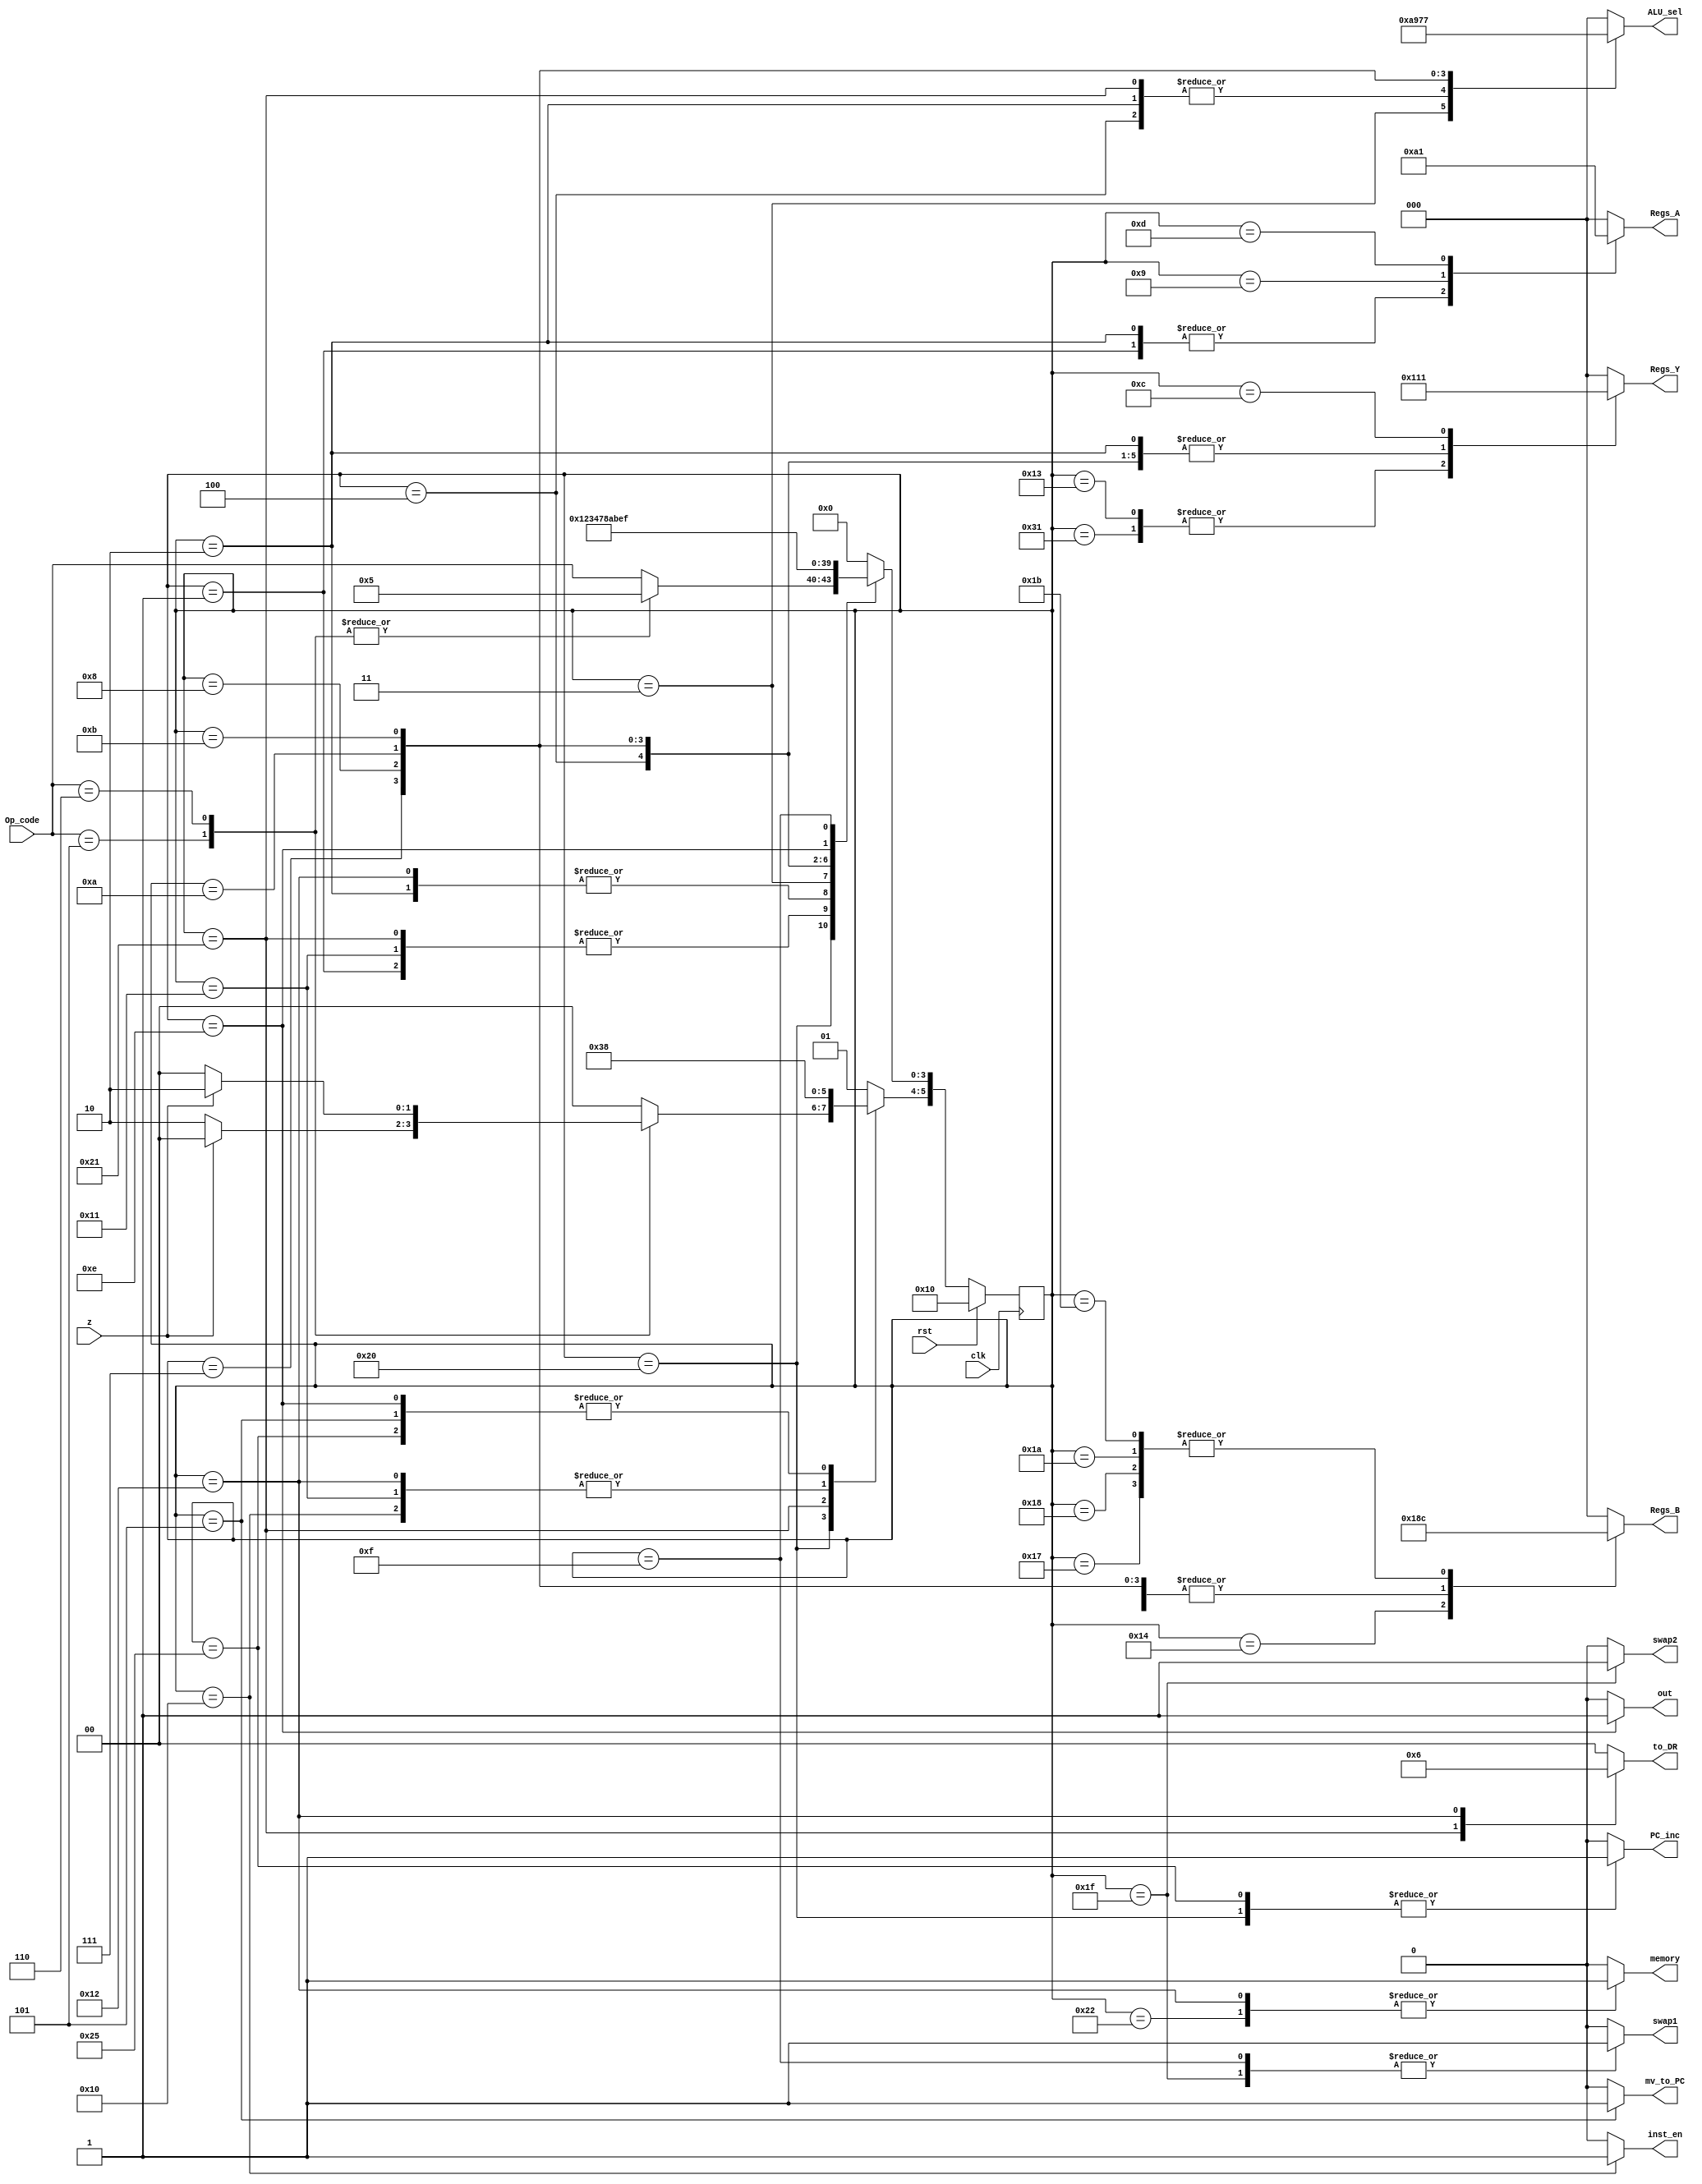
module state_machine(Op_code,rst,z,clk,inst_en,PC_inc,out,swap1,memory,ALU_sel,Regs_Y,Regs_B,Regs_A,to_DR,mv_to_PC,swap2);
	input [3:0] Op_code;
	input rst,z,clk;
	output reg [2:0] ALU_sel; //100=Add, 101=Sub, 110=Mul, 111=Div, 001=B2, 010=B3.
	output reg [2:0] Regs_Y; // write to reg, read from reg, clear
	output reg [2:0] Regs_B; //ReadAC, Write_from_bus, Read_to_bus
	output reg [2:0] Regs_A; //inc, move_to_AR, dec
	output reg [1:0] to_DR; //in, out
	output reg mv_to_PC,inst_en,PC_inc,out=0,swap1,memory,swap2; //memory: 0-R,1-W.
    
	reg [5:0] Current_st=FETCH1;
	reg [5:0] Next_st=FETCH1; //current state and next state

	parameter 
	FETCH1 = 6'h10,
	FETCH2 = 6'h20,
	
	NOP1= 6'h0,
	
	LOAD1= 6'h1,
	LOAD2= 6'h11,
	LOAD3= 6'h21,
	LOAD4= 6'h31,
	
	STR1= 6'h2,
	STR2= 6'h12,
	STR3= 6'h22,
	
	MOVB1= 6'h3,
	MOVB2= 6'h13,
	
	MOVY1= 6'h4,
	MOVY2= 6'h14,
	
	JMPZY1= 6'h5,
	JMPZN1= 6'h25,
	
	JMPNZY1= JMPZN1,
	JMPNZN1= JMPZY1,
	
	ADD1= 6'h7,
	ADD2= 6'h17,
	ADD3= 6'h27,
	
	SUB1= 6'h8,
	SUB2= 6'h18,
	SUB3= 6'h28,
	
	MUL1= 6'hA,
	MUL2= 6'h1A,
	MUL3= 6'h2A,
	
	DIV1= 6'hB,
	DIV2= 6'h1B,
	DIV3= 6'h2B,
	
	INCA1= 6'h9,
	
	CLRY1= 6'hC,
	
	DECA1= 6'hD,

	COMO1= 6'hE,
	
	SWAPA1= 6'hF,
	SWAPA2= 6'h1F;


	always@(posedge clk)
		if (rst)
		Current_st <= FETCH1;
		else
		Current_st <= Next_st;
	
	always @(Op_code or z or Current_st)
		begin
		case(Current_st)
		//////////////////////////////////////////////////////////////////////////////////
			FETCH1: begin
			ALU_sel <= 3'b000; //100=Add, 101=Sub, 110=Mul, 111=Div, 001=B2, 010=B3.
			Regs_Y <= 3'b000; // write to reg, read from reg, clear
			Regs_B <= 3'b000; //ReadAC, Write_from_bus, Read_to_bus
			Regs_A <= 3'b000; //inc, move_to_AR, dec
			to_DR <= 2'b00; //in, out
			mv_to_PC<=0 ;inst_en <=1; PC_inc <=0; out <=0; swap1 <=0; memory <=0; swap2<=0;//memory: 0-R,1-W.
			Next_st<= FETCH2;
			end
			
			FETCH2: begin
			ALU_sel <= 3'b000; //100=Add, 101=Sub, 110=Mul, 111=Div, 001=B2, 010=B3.
			Regs_Y <= 3'b000; // write to reg, read from reg, clear
			Regs_B <= 3'b000; //ReadAC, Write_from_bus, Read_to_bus
			Regs_A <= 3'b000; //inc, move_to_AR, dec
			to_DR <= 2'b00; //in, out
			mv_to_PC <=0; inst_en <=0; PC_inc <=1; out <=0; swap1 <=0; memory <=0; swap2<=0;//memory: 0-R,1-W.
				case (Op_code)
				4'b0101 : //JMPZ
					if(z)
					Next_st <= JMPZY1;
					else
					Next_st <= JMPZN1;
				4'b0110 : //JMPNZ
					if(z)
					Next_st <= JMPZN1;
					else
					Next_st <= JMPZY1;
				default : begin
					Next_st[5:4] <= 2'b00;
					Next_st[3:0] <= Op_code;
					end
				endcase
			end
			
			/////////////////////////////////////////////////////////////////////////////////////
			NOP1: begin
			ALU_sel <= 3'b000; //100=Add, 101=Sub, 110=Mul, 111=Div, 001=B2, 010=B3.
			Regs_Y <= 3'b000; // write to reg, read from reg, clear
			Regs_B <= 3'b000; //ReadAC, Write_from_bus, Read_to_bus
			Regs_A <= 3'b000; //inc, move_to_AR, dec
			to_DR <= 2'b00; //in, out
			mv_to_PC <=0; inst_en <=0; PC_inc <=0; out <=0; swap1 <=0; memory <=0; swap2<=0;//memory: 0-R,1-W.
			Next_st<= FETCH1;
			end
			
			/////////////////////////////////////////////////////////////////////////////////////
			LOAD1: begin
			ALU_sel <= 3'b000; //100=Add, 101=Sub, 110=Mul, 111=Div, 001=B2, 010=B3.
			Regs_Y <= 3'b000; // write to reg, read from reg, clear
			Regs_B <= 3'b000; //ReadAC, Write_from_bus, Read_to_bus
			Regs_A <= 3'b010; //inc, move_to_AR, dec
			to_DR <= 2'b00; //in, out
			mv_to_PC <=0; inst_en <=0; PC_inc <=0; out <=0; swap1 <=0; memory <=0; swap2<=0;//memory: 0-R,1-W.
			Next_st<= LOAD2;
			end
			
			LOAD2: begin
			ALU_sel <= 3'b000; //100=Add, 101=Sub, 110=Mul, 111=Div, 001=B2, 010=B3.
			Regs_Y <= 3'b000; // write to reg, read from reg, clear
			Regs_B <= 3'b000; //ReadAC, Write_from_bus, Read_to_bus
			Regs_A <= 3'b000; //inc, move_to_AR, dec
			to_DR <= 2'b00; //in, out
			mv_to_PC <=0; inst_en <=0; PC_inc <=0; out <=0; swap1 <=0; memory <=0; swap2<=0;//memory: 0-R,1-W.
			Next_st<= LOAD3;
			end
			
			LOAD3: begin
			ALU_sel <= 3'b010; //100=Add, 101=Sub, 110=Mul, 111=Div, 001=B2, 010=B3.
			Regs_Y <= 3'b000; // write to reg, read from reg, clear
			Regs_B <= 3'b000; //ReadAC, Write_from_bus, Read_to_bus
			Regs_A <= 3'b000; //inc, move_to_AR, dec
			to_DR <= 2'b01; //in, out
			mv_to_PC <=0; inst_en <=0; PC_inc <=0; out <=0; swap1 <=0; memory <=0; swap2<=0;//memory: 0-R,1-W.
			Next_st<= LOAD4;
			end
			
			LOAD4: begin
			ALU_sel <= 3'b000; //100=Add, 101=Sub, 110=Mul, 111=Div, 001=B2, 010=B3.
			Regs_Y <= 3'b100; // write to reg, read from reg, clear
			Regs_B <= 3'b000; //ReadAC, Write_from_bus, Read_to_bus
			Regs_A <= 3'b000; //inc, move_to_AR, dec
			to_DR <= 2'b00; //in, out
			mv_to_PC <=0; inst_en <=0; PC_inc <=0; out <=0; swap1 <=0; memory <=0; swap2<=0;// memory: 0-R,1-W.
			Next_st<= FETCH1;
			end
			
			///////////////////////////////////////////////////////////////////
			STR1: begin
			ALU_sel <= 3'b010; //100=Add, 101=Sub, 110=Mul, 111=Div, 001=B2, 010=B3.
			Regs_Y <= 3'b010; // write to reg, read from reg, clear
			Regs_B <= 3'b000; //ReadAC, Write_from_bus, Read_to_bus
			Regs_A <= 3'b010; //inc, move_to_AR, dec
			to_DR <= 2'b00; //in, out
			mv_to_PC <=0; inst_en <=0; PC_inc <=0; out <=0; swap1 <=0; memory <=0; swap2<=0;//  memory: 0-R,1-W.
			Next_st<= STR2;
			end
			
			STR2: begin
			ALU_sel <= 3'b000; //100=Add, 101=Sub, 110=Mul, 111=Div, 001=B2, 010=B3.
			Regs_Y <= 3'b000; // write to reg, read from reg, clear
			Regs_B <= 3'b000; //ReadAC, Write_from_bus, Read_to_bus
			Regs_A <= 3'b000; //inc, move_to_AR, dec
			to_DR <= 2'b10; //in, out
			mv_to_PC <=0; inst_en <=0; PC_inc <=0; out <=0; swap1 <=0; memory <=1; swap2<=0;//  memory: 0-R,1-W.
			Next_st<= STR3;
			end
			
			STR3: begin
			ALU_sel <= 3'b000; //100=Add, 101=Sub, 110=Mul, 111=Div, 001=B2, 010=B3.
			Regs_Y <= 3'b010; // write to reg, read from reg, clear
			Regs_B <= 3'b000; //ReadAC, Write_from_bus, Read_to_bus
			Regs_A <= 3'b000; //inc, move_to_AR, dec
			to_DR <= 2'b00; //in, out
			mv_to_PC <=0; inst_en <=0; PC_inc <=0; out <=0; swap1 <=0; memory <=1; swap2<=0;//  memory: 0-R,1-W.
			Next_st<= FETCH1;
			end
			
			////////////////////////////////////////////////////////////////
			MOVB1: begin
			ALU_sel <= 3'b001; //100=Add, 101=Sub, 110=Mul, 111=Div, 001=B2, 010=B3.
			Regs_Y <= 3'b000; // write to reg, read from reg, clear
			Regs_B <= 3'b001; //ReadAC, Write_from_bus, Read_to_bus
			Regs_A <= 3'b000; //inc, move_to_AR, dec
			to_DR <= 2'b00; //in, out
			mv_to_PC <=0; inst_en <=0; PC_inc <=0; out <=0; swap1 <=0; memory <=0; swap2<=0;//  memory: 0-R,1-W.
			Next_st<= MOVB2;
			end
			
			MOVB2: begin
			ALU_sel <= 3'b000; //100=Add, 101=Sub, 110=Mul, 111=Div, 001=B2, 010=B3.
			Regs_Y <= 3'b100; // write to reg, read from reg, clear
			Regs_B <= 3'b000; //ReadAC, Write_from_bus, Read_to_bus
			Regs_A <= 3'b000; //inc, move_to_AR, dec
			to_DR <= 2'b00; //in, out
			mv_to_PC <=0; inst_en <=0; PC_inc <=0; out <=0; swap1 <=0; memory <=0; swap2<=0;//  memory: 0-R,1-W.
			Next_st<= FETCH1;
			end
			
			//////////////////////////////////////////////////////////////
			MOVY1: begin
			ALU_sel <= 3'b010; //100=Add, 101=Sub, 110=Mul, 111=Div, 001=B2, 010=B3.
			Regs_Y <= 3'b010; // write to reg, read from reg, clear
			Regs_B <= 3'b000; //ReadAC, Write_from_bus, Read_to_bus
			Regs_A <= 3'b000; //inc, move_to_AR, dec
			to_DR <= 2'b00; //in, out
			mv_to_PC <=0; inst_en <=0; PC_inc <=0; out <=0; swap1 <=0; memory <=0; swap2<=0;//  memory: 0-R,1-W.
			Next_st<= MOVY2;
			end
			
			MOVY2: begin
			ALU_sel <= 3'b000; //ALU_en, [1:0] - 0=Add, 1=Sub, 2=Mul, 3=Div.
			Regs_Y <= 3'b000; // write to reg, read from reg, clear
			Regs_B <= 3'b110; //ReadAC, Write_from_bus, Read_to_bus
			Regs_A <= 3'b000; //inc, move_to_AR, dec
			to_DR <= 2'b00; //in, out
			mv_to_PC <=0; inst_en <=0; PC_inc <=0; out <=0; swap1 <=0; memory <=0; swap2<=0;//  memory: 0-R,1-W.
			Next_st<= FETCH1;
			end
			
			////////////////////////////////////////////////////
			JMPZY1: begin
			ALU_sel <= 3'b000; //100=Add, 101=Sub, 110=Mul, 111=Div, 001=B2, 010=B3.
			Regs_Y <= 3'b000; // write to reg, read from reg, clear
			Regs_B <= 3'b000; //ReadAC, Write_from_bus, Read_to_bus
			Regs_A <= 3'b000; //inc, move_to_AR, dec
			to_DR <= 2'b00; //in, out
			mv_to_PC <=1; inst_en <=0; PC_inc <=0; out <=0; swap1 <=0; memory <=0; swap2<=0;//  memory: 0-R,1-W.
			Next_st<= NOP1;
			end
			
			JMPZN1: begin
			ALU_sel <= 3'b000; //100=Add, 101=Sub, 110=Mul, 111=Div, 001=B2, 010=B3.
			Regs_Y <= 3'b000; // write to reg, read from reg, clear
			Regs_B <= 3'b000; //ReadAC, Write_from_bus, Read_to_bus
			Regs_A <= 3'b000; //inc, move_to_AR, dec
			to_DR <= 2'b00; //in, out
			mv_to_PC <=0; inst_en <=0; PC_inc <=1; out <=0; swap1 <=0; memory <=0; swap2<=0;//  memory: 0-R,1-W.
			Next_st<= NOP1;
			end
			
			////////////////////////////////////////////////////////////////////////////
			ADD1: begin
			ALU_sel <= 3'b100; //100=Add, 101=Sub, 110=Mul, 111=Div, 001=B2, 010=B3.
			Regs_Y <= 3'b010; // write to reg, read from reg, clear
			Regs_B <= 3'b001; //ReadAC, Write_from_bus, Read_to_bus
			Regs_A <= 3'b000; //inc, move_to_AR, dec
			to_DR <= 2'b00; //in, out
			mv_to_PC <=0; inst_en <=0; PC_inc <=0; out <=0; swap1 <=0; memory <=0; swap2<=0;//  memory: 0-R,1-W.
			Next_st<= ADD2;
			end
			
			ADD2: begin
			ALU_sel <= 3'b000; //100=Add, 101=Sub, 110=Mul, 111=Div, 001=B2, 010=B3.
			Regs_Y <= 3'b000; // write to reg, read from reg, clear
			Regs_B <= 3'b100; //ReadAC, Write_from_bus, Read_to_bus
			Regs_A <= 3'b000; //inc, move_to_AR, dec
			to_DR <= 2'b00; //in, out
			mv_to_PC <=0; inst_en <=0; PC_inc <=0; out <=0; swap1 <=0; memory <=0; swap2<=0;//  memory: 0-R,1-W.
			Next_st<= FETCH1;
			end
			
			///////////////////////////////////////////////////////////////////////////////////
			SUB1: begin
			ALU_sel <= 3'b101; //100=Add, 101=Sub, 110=Mul, 111=Div, 001=B2, 010=B3.
			Regs_Y <= 3'b010; // write to reg, read from reg, clear
			Regs_B <= 3'b001; //ReadAC, Write_from_bus, Read_to_bus
			Regs_A <= 3'b000; //inc, move_to_AR, dec
			to_DR <= 2'b00; //in, out
			mv_to_PC <=0; inst_en <=0; PC_inc <=0; out <=0; swap1 <=0; memory <=0; swap2<=0;//  memory: 0-R,1-W.
			Next_st<= SUB2;
			end
			
			SUB2: begin
			ALU_sel <= 3'b000; //100=Add, 101=Sub, 110=Mul, 111=Div, 001=B2, 010=B3.
			Regs_Y <= 3'b000; // write to reg, read from reg, clear
			Regs_B <= 3'b100; //ReadAC, Write_from_bus, Read_to_bus
			Regs_A <= 3'b000; //inc, move_to_AR, dec
			to_DR <= 2'b00; //in, out
			mv_to_PC <=0; inst_en <=0; PC_inc <=0; out <=0; swap1 <=0; memory <=0; swap2<=0;//  memory: 0-R,1-W.
			Next_st<= FETCH1;
			end
			
			////////////////////////////////////////////////////////////////////////////////////
			MUL1: begin
			ALU_sel <= 3'b110; //100=Add, 101=Sub, 110=Mul, 111=Div, 001=B2, 010=B3.
			Regs_Y <= 3'b010; // write to reg, read from reg, clear
			Regs_B <= 3'b001; //ReadAC, Write_from_bus, Read_to_bus
			Regs_A <= 3'b000; //inc, move_to_AR, dec
			to_DR <= 2'b00; //in, out
			mv_to_PC <=0; inst_en <=0; PC_inc <=0; out <=0; swap1 <=0; memory <=0; swap2<=0;//  memory: 0-R,1-W.
			Next_st<= MUL2;
			end
			
			MUL2: begin
			ALU_sel <= 3'b000; //100=Add, 101=Sub, 110=Mul, 111=Div, 001=B2, 010=B3.
			Regs_Y <= 3'b000; // write to reg, read from reg, clear
			Regs_B <= 3'b100; //ReadAC, Write_from_bus, Read_to_bus
			Regs_A <= 3'b000; //inc, move_to_AR, dec
			to_DR <= 2'b00; //in, out
			mv_to_PC <=0; inst_en <=0; PC_inc <=0; out <=0; swap1 <=0; memory <=0; swap2<=0;//  memory: 0-R,1-W.
			Next_st<= FETCH1;
			end
			
			///////////////////////////////////////////////////////////////////////////////////////
			DIV1: begin
			ALU_sel <= 3'b111; //100=Add, 101=Sub, 110=Mul, 111=Div, 001=B2, 010=B3.
			Regs_Y <= 3'b010; // write to reg, read from reg, clear
			Regs_B <= 3'b001; //ReadAC, Write_from_bus, Read_to_bus
			Regs_A <= 3'b000; //inc, move_to_AR, dec
			to_DR <= 2'b00; //in, out
			mv_to_PC <=0; inst_en <=0; PC_inc <=0; out <=0; swap1 <=0; memory <=0; swap2<=0;//  memory: 0-R,1-W.
			Next_st<= DIV2;
			end
			
			DIV2: begin
			ALU_sel <= 3'b000; //100=Add, 101=Sub, 110=Mul, 111=Div, 001=B2, 010=B3.
			Regs_Y <= 3'b000; // write to reg, read from reg, clear
			Regs_B <= 3'b100; //ReadAC, Write_from_bus, Read_to_bus
			Regs_A <= 2'b000; //inc, move_to_AR, dec
			to_DR <= 2'b00; //in, out
			mv_to_PC <=0; inst_en <=0; PC_inc <=0; out <=0; swap1 <=0; memory <=0; swap2<=0;//  memory: 0-R,1-W.
			Next_st<= FETCH1;
			end
			
			/////////////////////////////////////////////////////////////////////////////////////////
			INCA1: begin
			ALU_sel <= 3'b000; //100=Add, 101=Sub, 110=Mul, 111=Div, 001=B2, 010=B3.
			Regs_Y <= 3'b000; // write to reg, read from reg, clear
			Regs_B <= 3'b000; //ReadAC, Write_from_bus, Read_to_bus
			Regs_A <= 3'b100; //inc, move_to_AR,dec
			to_DR <= 2'b00; //in, out
			mv_to_PC <=0; inst_en <=0; PC_inc <=0; out <=0; swap1 <=0; memory <=0; swap2<=0;//  memory: 0-R,1-W.
			Next_st<= FETCH1;
			end
			
			///////////////////////////////////////////////////////////////////////////////////////
			DECA1: begin
			ALU_sel <= 3'b000; //100=Add, 101=Sub, 110=Mul, 111=Div, 001=B2, 010=B3.
			Regs_Y <= 3'b000; // write to reg, read from reg, clear
			Regs_B <= 3'b000; //ReadAC, Write_from_bus, Read_to_bus
			Regs_A <= 3'b001; //inc, move_to_AR, dec
			to_DR <= 2'b00; //in, out
			mv_to_PC <=0; inst_en <=0; PC_inc <=0; out <=0; swap1 <=0; memory <=0; swap2<=0;//  memory: 0-R,1-W.
			Next_st<= FETCH1;
			end
			
			////////////////////////////////////////////////////////////////////////////////////////
			CLRY1: begin
			ALU_sel <= 3'b000; //100=Add, 101=Sub, 110=Mul, 111=Div, 001=B2, 010=B3.
			Regs_Y <= 3'b001; // write to reg, read from reg, clear
			Regs_B <= 3'b000; //ReadAC, Write_from_bus, Read_to_bus
			Regs_A <= 3'b000; //inc, move_to_AR, dec
			to_DR <= 2'b00; //in, out
			mv_to_PC <=0; inst_en <=0; PC_inc <=0; out <=0; swap1 <=0; memory <=0; swap2<=0;//  memory: 0-R,1-W.
			Next_st<= FETCH1;
			end
			
			//////////////////////////////////////////////////////////////////////////////////////////
			COMO1: begin
			ALU_sel <= 3'b000; //100=Add, 101=Sub, 110=Mul, 111=Div, 001=B2, 010=B3.
			Regs_Y <= 3'b000; // write to reg, read from reg, clear
			Regs_B <= 3'b000; //ReadAC, Write_from_bus, Read_to_bus
			Regs_A <= 3'b000; //inc, move_to_AR, dec
			to_DR <= 2'b00; //in, out
			mv_to_PC <=0; inst_en <=0; PC_inc <=0; out <=1; swap1 <=0; memory <=0; swap2<=0;//  memory: 0-R,1-W.
			Next_st<= COMO1;
			end
			
			////////////////////////////////////////////////////////////////////////////////////////////
			SWAPA1: begin
			ALU_sel <= 3'b000; //100=Add, 101=Sub, 110=Mul, 111=Div, 001=B2, 010=B3.
			Regs_Y <= 3'b000; // write to reg, read from reg, clear
			Regs_B <= 3'b000; //ReadAC, Write_from_bus, Read_to_bus
			Regs_A <= 3'b000; //inc, move_to_AR, dec
			to_DR <= 2'b00; //in, out
			mv_to_PC <=0; inst_en <=0; PC_inc <=0; out <=0; swap1 <=1; memory <=0; swap2<=0;//  memory: 0-R,1-W.
			Next_st<= SWAPA2;
			end
			
			SWAPA2: begin
			ALU_sel <= 3'b000; //100=Add, 101=Sub, 110=Mul, 111=Div, 001=B2, 010=B3.
			Regs_Y <= 3'b000; // write to reg, read from reg, clear
			Regs_B <= 3'b000; //ReadAC, Write_from_bus, Read_to_bus
			Regs_A <= 3'b000; //inc, move_to_AR, dec
			to_DR <= 2'b00; //in, out
			mv_to_PC <=0; inst_en <=0; PC_inc <=0; out <=0; swap1 <=1; memory <=0; swap2<=1;//  memory: 0-R,1-W.
			Next_st<= FETCH1;
			end
			//////////////////////////////////////////////////////////////////////////////////////////////
			
			default: begin
			ALU_sel <= 3'b000; //100=Add, 101=Sub, 110=Mul, 111=Div, 001=B2, 010=B3.
			Regs_Y <= 3'b000; // write to reg, read from reg, clear
			Regs_B <= 3'b000; //ReadAC, Write_from_bus, Read_to_bus
			Regs_A <= 3'b000; //inc, move_to_AR, dec
			to_DR <= 2'b00; //in, out
			mv_to_PC <=0; inst_en <=0; PC_inc <=0; out <=0; swap1 <=0; memory <=0; swap2<=0;//  memory: 0-R,1-W.
			Next_st<= FETCH1;
			end
			
			
	endcase
end

endmodule